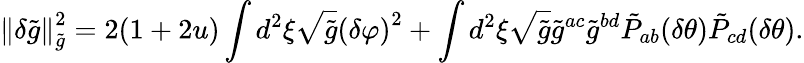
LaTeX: \left\| \delta\tilde{g}\right\| _{\tilde{g}}^{2}=2(1+2u)\int{d^{2}}\xi\sqrt{\tilde{g}}{{(\delta\varphi)}^{2}}+\int{d^{2}}\xi\sqrt{\tilde{g}}{\tilde{g}^{ac}}{\tilde{g}^{bd}}{\tilde{P}_{ab}}(\delta\theta){\tilde{P}_{cd}}(\delta\theta).